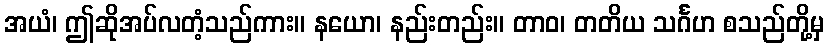
အယံ၊ ဤဆိုအပ်လတံ့သည်ကား။ နယော၊ နည်းတည်း။ တာဝ၊ တတိယ သင်္ဂဟ စသည်တို့မှ